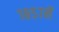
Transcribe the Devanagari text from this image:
१८५७में